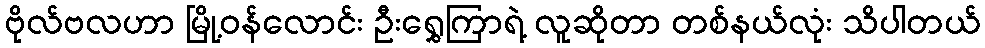
ဗိုလ်ဗလဟာ မြို့ဝန်လောင်း ဦးရွှေကြာရဲ့ လူဆိုတာ တစ်နယ်လုံး သိပါတယ်